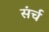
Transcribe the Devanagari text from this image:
संर्च